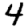
Digit: 4